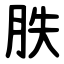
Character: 胅